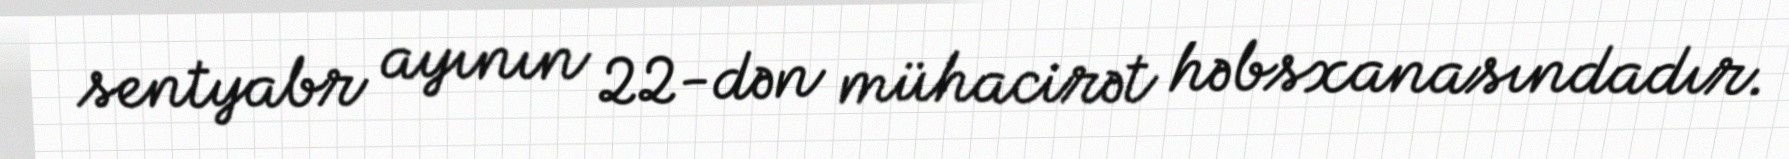
sentyabr ayının 22-dən mühacirət həbsxanasındadır.